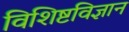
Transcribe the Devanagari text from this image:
विशिष्टविज्ञान